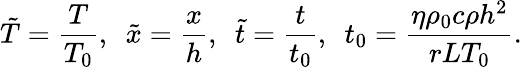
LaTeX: \tilde{T}=\frac{T}{{{T_{0}}}},~~\tilde{x}=\frac{x}{h},~~\tilde{t}=\frac{t}{{{t_{0}}}},~~{t_{0}}=\frac{{\eta{\rho_{0}}c\rho{h^{2}}}}{{rL{T_{0}}}}.